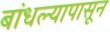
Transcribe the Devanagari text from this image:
बांधल्यापासून